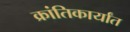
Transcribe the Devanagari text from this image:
क्रांतिकार्यांत